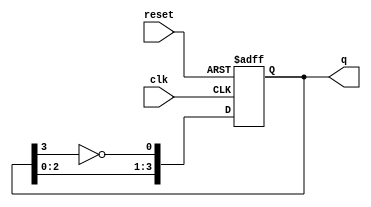
module johnson_counter #(
    parameter N = 4 // Number of flip-flops
)(
    input wire clk,      // Clock input
    input wire reset,    // Asynchronous reset
    output reg [N-1:0] q // Output state of the counter
);

    // Always block triggered on the rising edge of the clock or reset
    always @(posedge clk or posedge reset) begin
        if (reset) begin
            // Asynchronous reset: set all flip-flops to 0
            q <= 0;
        end else begin
            // Johnson counter logic
            q <= {q[N-2:0], ~q[N-1]}; // Shift and feed back the inverted last flip-flop
        end
    end

endmodule